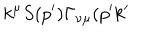
LaTeX: k ^ { \mu } S ( p ^ { \prime } ) \Gamma _ { \nu \mu } ( p ^ { \prime } k ^ { \prime }